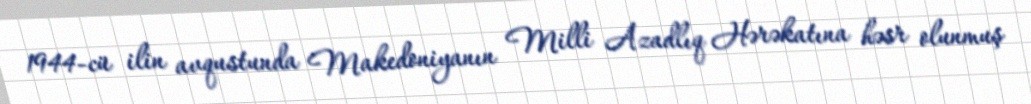
1944-cü ilin avqustunda Makedoniyanın Milli Azadlıq Hərəkatına həsr olunmuş